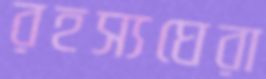
রহস্যঘেরা